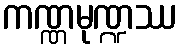
ကဏ္ဏမုဏ္ဍဿ